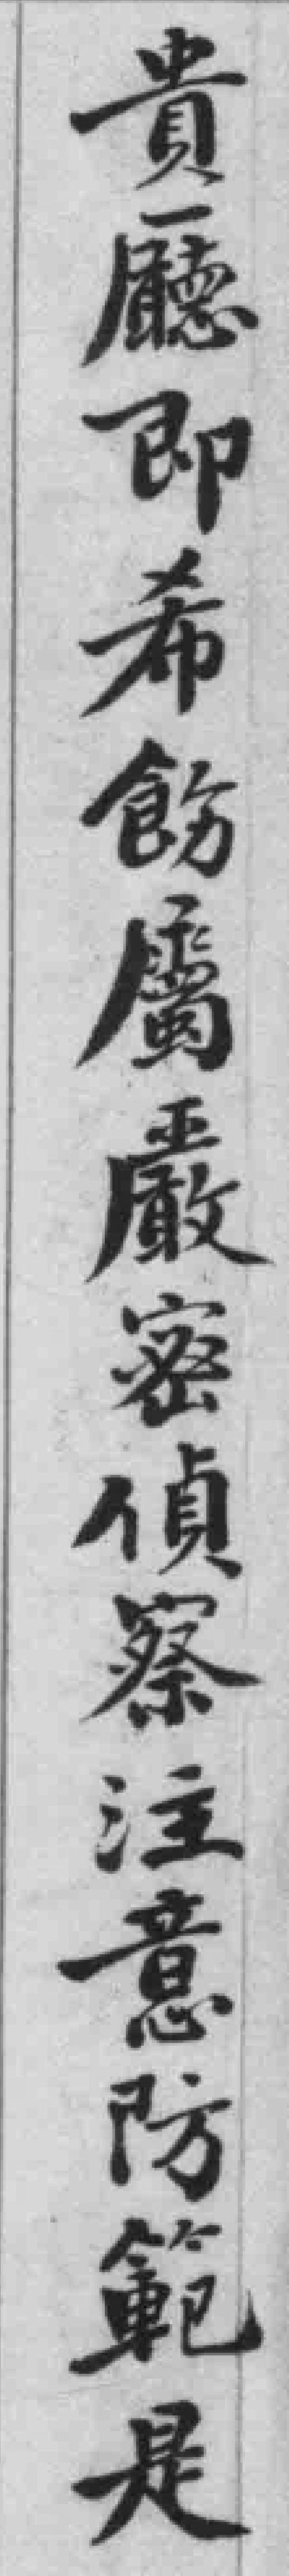
貴廳即希飭屬嚴密偵察注意防範是